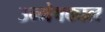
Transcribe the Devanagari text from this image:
उन्मेषकाल